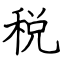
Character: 税